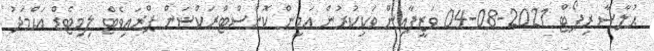
ޙުލާސާ ރިޕޯޓް 2021-08-04 ވަޒީފާއިން ވަކިކުރުން އަމީން ކޮންސްޓްރަކްޝަން ޕްރައިވެޓް ލިމިޓެޑް އަޙްމަދު